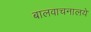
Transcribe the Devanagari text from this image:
बालवाचनालये